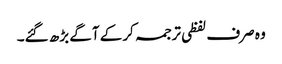
وہ صرف لفظی ترجمہ کرکے آگے بڑھ گئے۔